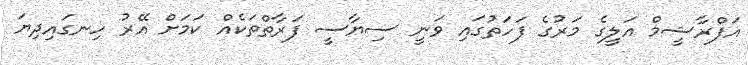
އަފްރާޝީމް އަލީގެ މަރުގެ ފަހަތުގައި ވަނީ ސިޔާސީ ފަރާތްތަކެއް ކަމަށް އޭރު ހިނގައިދިޔަ